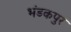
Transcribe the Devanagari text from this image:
भंडकपुर